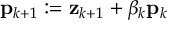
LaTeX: \mathbf { p } _ { k + 1 } : = \mathbf { z } _ { k + 1 } + \beta _ { k } \mathbf { p } _ { k }